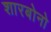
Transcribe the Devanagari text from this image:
शारबोनो